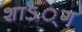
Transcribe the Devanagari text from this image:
शाऽं्ग